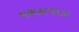
મરાઠાવાડા